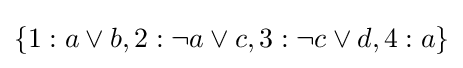
\{1:a\vee b,2:\neg a\vee c,3:\neg c\vee d,4:a\}